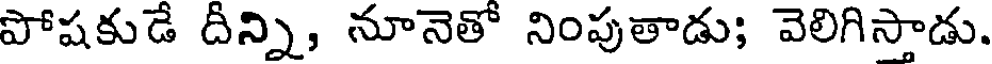
పోషకుడే దీన్ని, నూనెతో నింపుతాడు; వెలిగిస్తాడు.